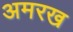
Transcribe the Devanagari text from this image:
अमरख